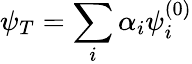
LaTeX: \psi_{T}=\sum_{i}\alpha_{i}\psi_{i}^{(0)}